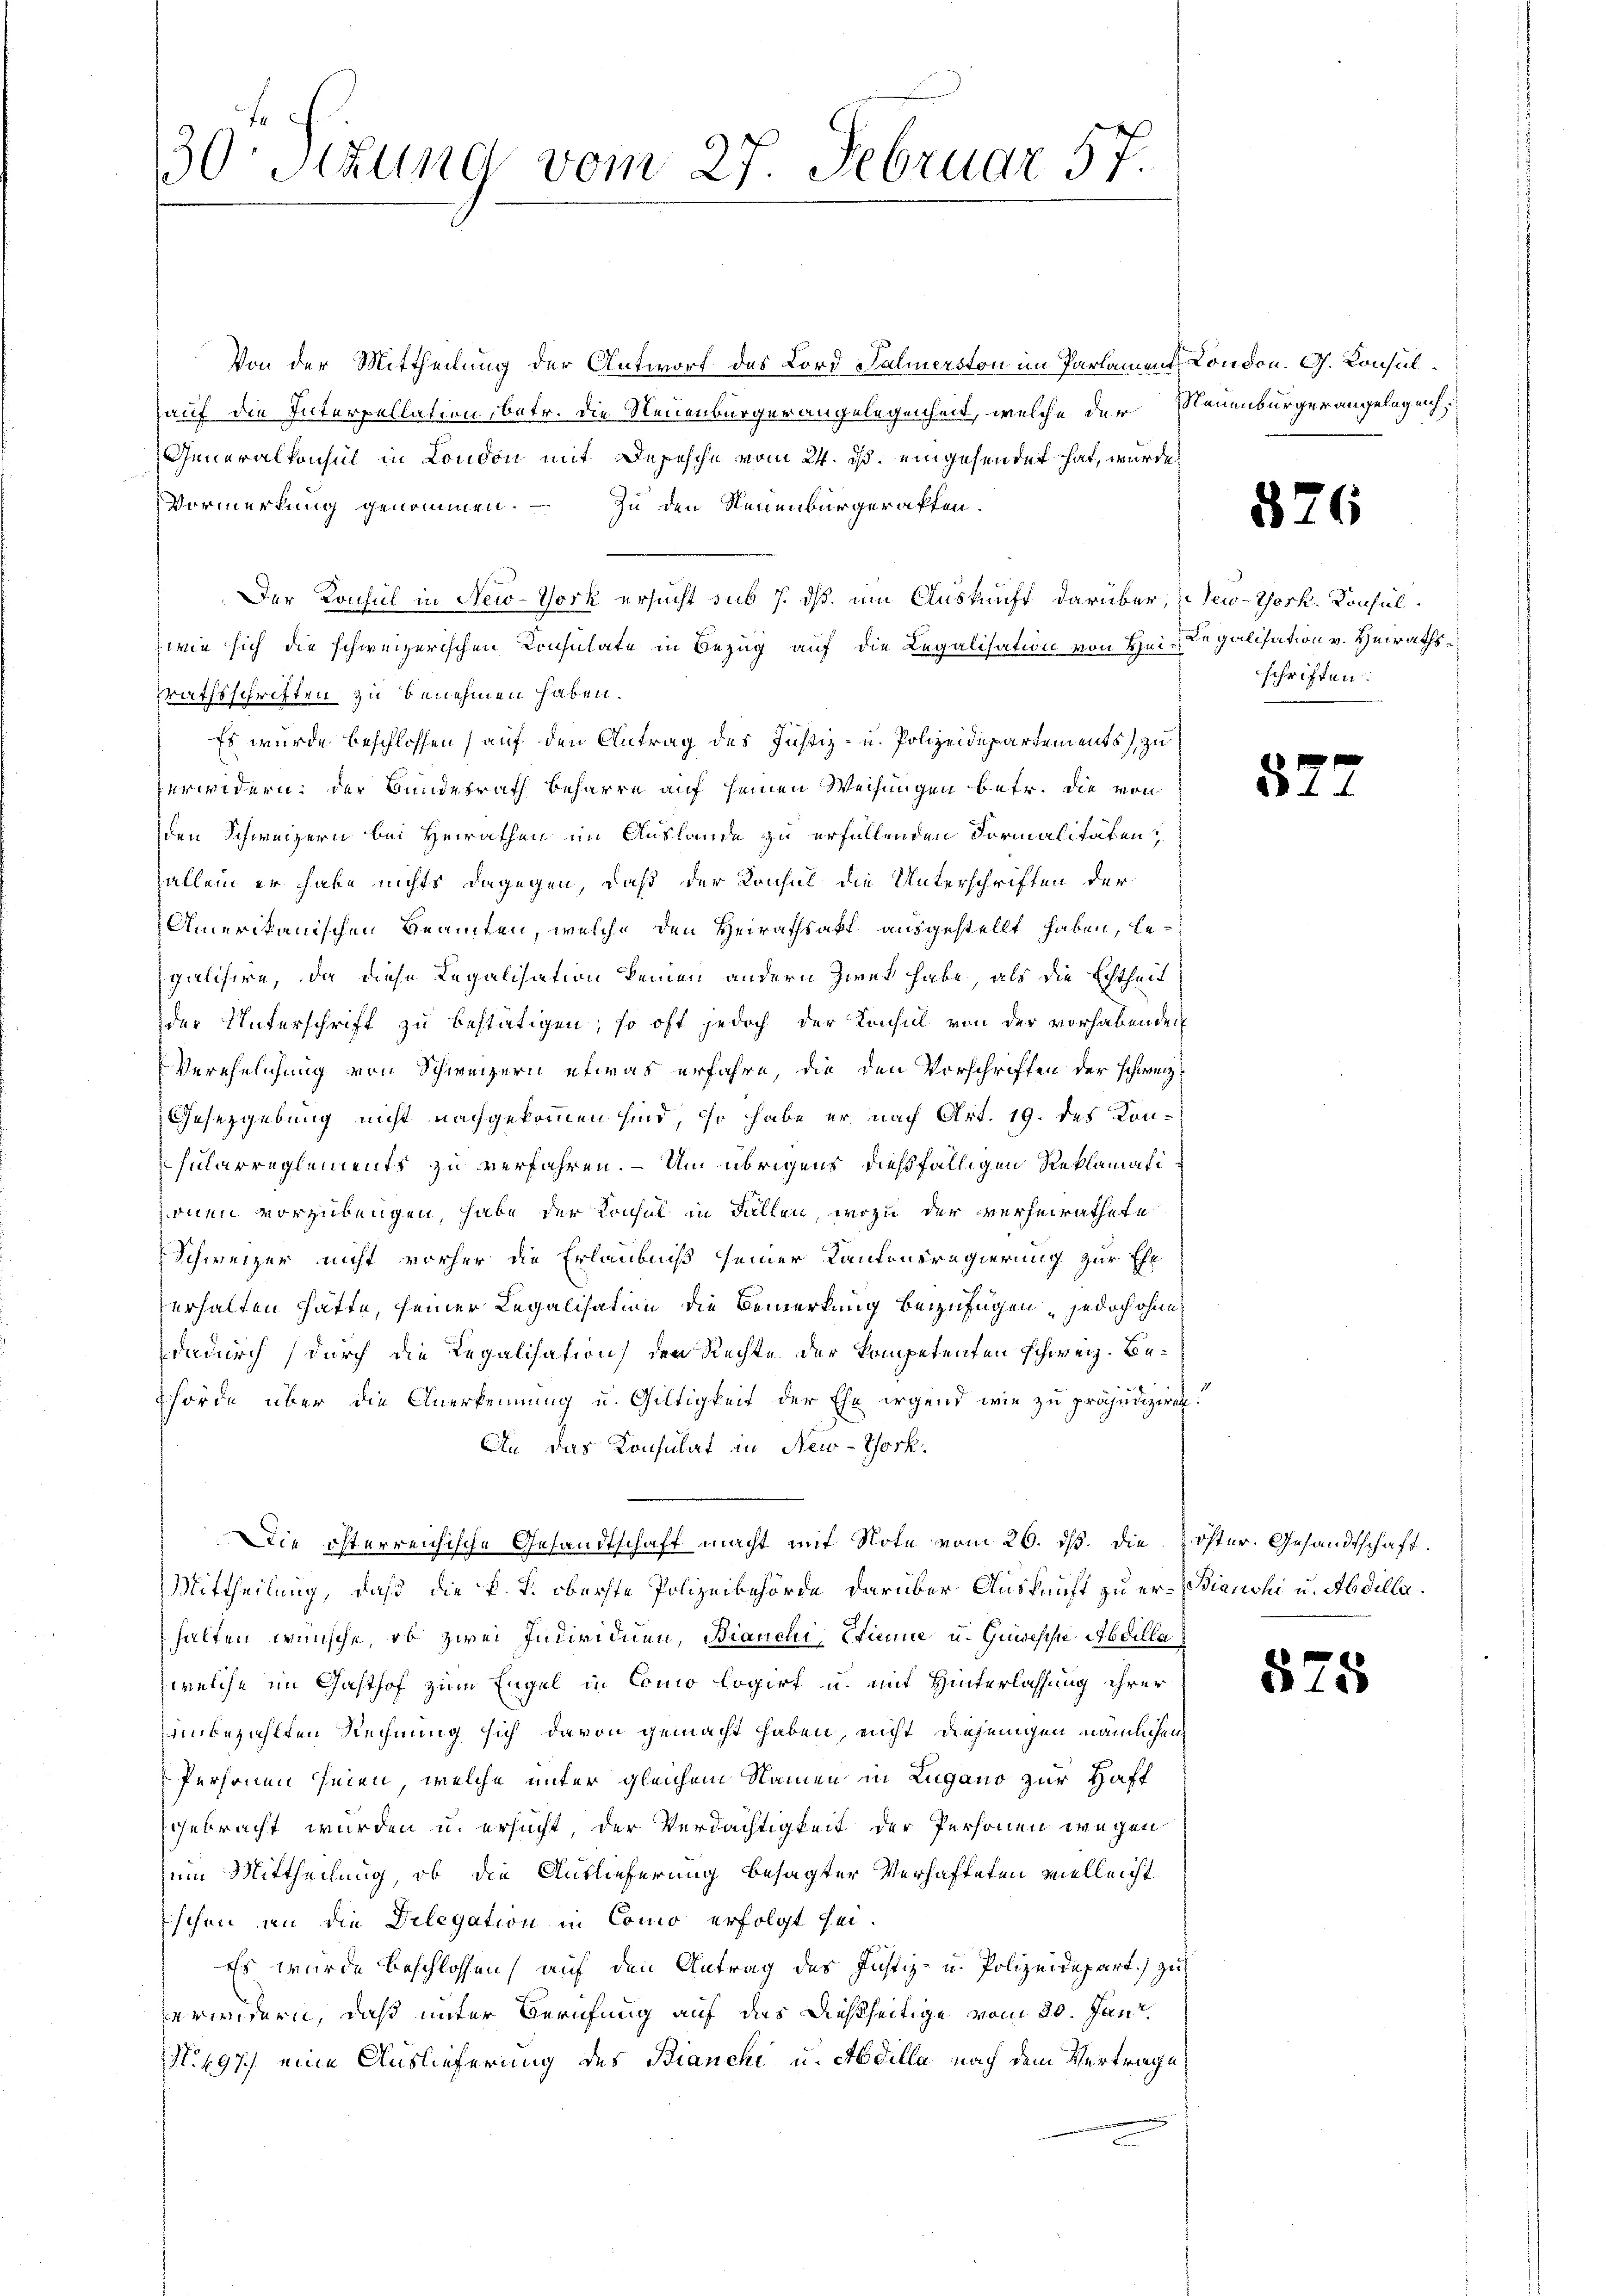
30. Sekung vom 27. Februar 57.

Von der Mittheilung der Antwort des Lord Salmerston im Parlament London. G. Konsulauf die Interpellation, betr. die Neuenburger angelegenheit, welche der Neuenburger angelegenh
Generalkonsul in London mit Depesche vom 24. ds. eingehendet hat, wurde
Vormerkung genommen. – Zu den Neuenburgerakten.
Der Konsul in New-York ersucht sub 7. dß. um Auskunft darüber, u New-York. Konsul¬
(wie sich die schweizerischen Konsulate in Bezug auf die Legalisation von Hei-Regalisation v. Heiraths¬
Prathsschriften zu benehmen haben.
Es wurde beschlossen (auf den Antrag des Justiz- u. Polizeidepartements zu
erwidern: der Bundesrath beharre auf seinen Weisungen betr. die von
den Schweizern bei Heirathen im Auslande zu erfallenden Formalitäten,
allein er habe nichts dagegen, daß der Konsul die Unterschriften der
Amerikanischen Beamten, welche den Heirathsakt ausgestellt haben, legalisire, da diese Legalisation keinen andern Zwek habe, als die Echtheit
der Unterschrift zu bestätigen, so oft jedoch der Konsul von der vorhabenden
Verehelichung von Schweizern etwas erfahre, die den Vorschriften der schweiz¬
Gesetzgebung nicht nachgekommen sind, so habe er nach Art. 19. des Konhülarreglements zu verfahren. – Um übrigens dießfälligen Reklamati
onen vorzubeugen, habe der Konsul in Fallen, wozu der verheirathete
Schweizer nicht vorher die Erlaubniß seiner Kantonsregierung zur Ehe
erhalten hätte, seiner Legalisation die Bemerkung beizufügen, jedoch ohnes
dadurch durch die Regalisation den Rechte der kompetenten schweiz. Be¬
Thörde über die Anerkennung u. Gültigkeit der Ehe irgend wie zu präjudiziren.
An das Konsulat in New-York.
Die österreichische Gesandtschaft macht mit Note vom 26. ds. die öster. Gesandtschaft.
Mittheilung, daß die k. k. oberste Polizeibehörde darüber Auskunft zu er- Bianchi u. Abdillahalten wünsche, ob zwei Individuen, Bianchi, Erinne u. Guisesche Abdilla
welche im Gasthof zum Engel in Como logirt u. mit Hinterlassung ihrer
unbezahlten Rechnung sich davon gemacht haben, nicht diejenigen nämlichen
Personen seien, welche unter gleichem Namen in Zugano zur Haft
gebracht würden u. ersucht, der Verdächtigkeit der Personen wegen
ein Mittheilung, ob die Auslieferung besagter Verhafteten vielleicht
schen an die Delegation in Como erfolgt sei.
Es wurde beschlossen, auf den Antrag des Justiz- u. Polizeidepart.) zu
erwidern, daß unter Berufung auf das dießseitige vom 30. Janr.
N.497/ eine Auslieferung des Bianchi u. Abdilla nach dem Vertrage

876

schriften:

5

575